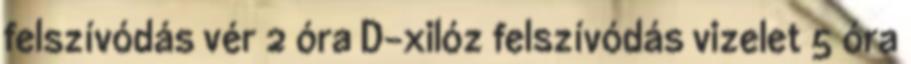
felszívódás vér 2 óra D-xilóz felszívódás vizelet 5 óra